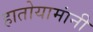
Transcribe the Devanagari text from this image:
हातोयामांनी